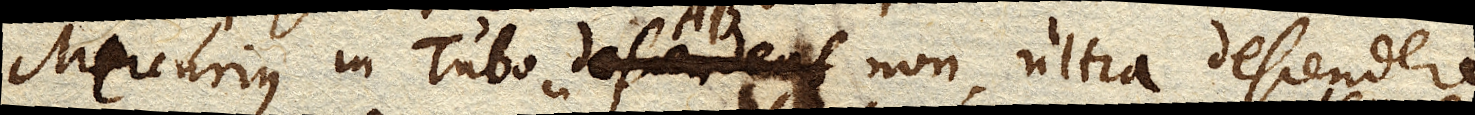
Mercurius in Tubo AB non ultra descendere potest,